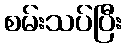
စမ်းသပ်ပြီး